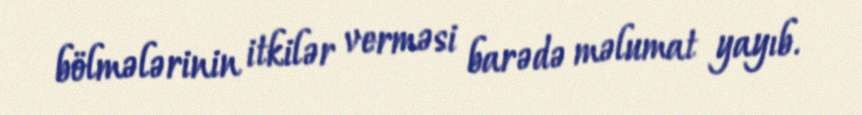
bölmələrinin itkilər verməsi barədə məlumat yayıb.